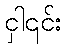
ငှါ၎င်း